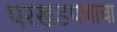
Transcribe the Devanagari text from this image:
परखडपणाचा